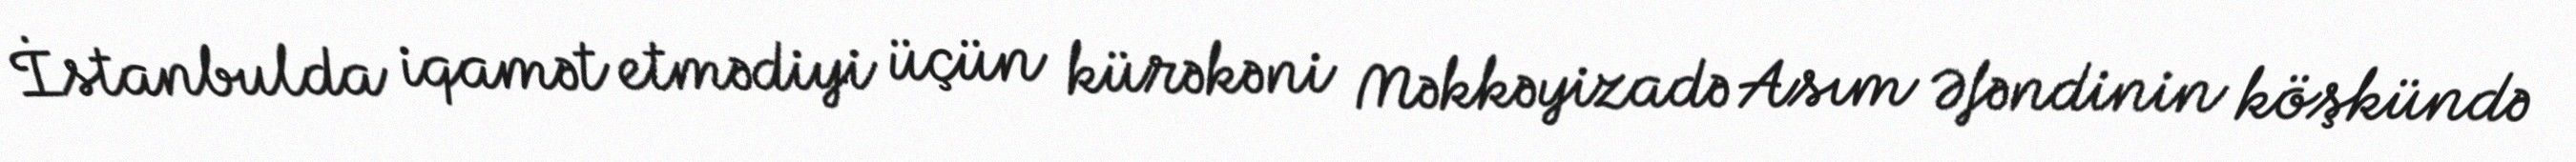
İstanbulda iqamət etmədiyi üçün kürəkəni Məkkəyizadə Asım Əfəndinin köşkündə